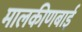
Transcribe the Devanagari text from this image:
मालकीणबाई